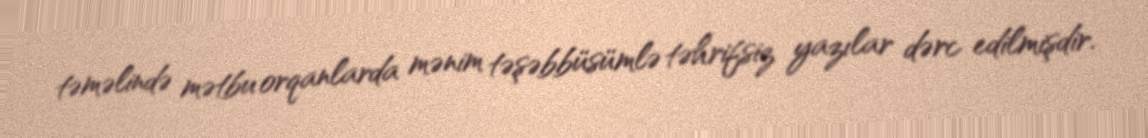
təməlində mətbu orqanlarda mənim təşəbbüsümlə təhrifsiz yazılar dərc edilmişdir.